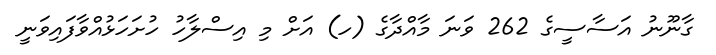
ގާނޫނު އަސާސީގެ 262 ވަނަ މާއްދާގެ (ހ) އަށް މި އިސްލާހު ހުށަހަޅުއްވާފައިވަނީ